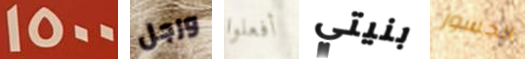
1500 ورجل أفعلوا بنيتي الجسور